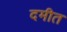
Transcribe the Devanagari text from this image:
दमीत